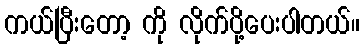
ကယ်ပြီးတော့ ကို လိုက်ပို့ပေးပါတယ်။